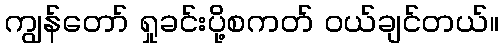
ကျွန်တော် ရှုခင်းပို့စကတ် ဝယ်ချင်တယ်။